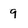
Character: 9